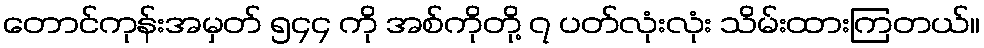
တောင်ကုန်းအမှတ် ၅၄၄ ကို အစ်ကိုတို့ ၇ ပတ်လုံးလုံး သိမ်းထားကြတယ်။